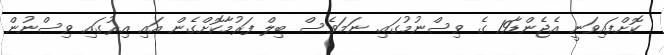
ކޮށްފައިވަނީ އެޖެންޑާ19 ގެ ވިސްނުމުގައި. ނަމަވެސް ބިލް ފަރުމާކޮށްގެން އައި އިރުގައި ވިސްނުން